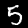
Label: 5